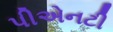
પીએનટી